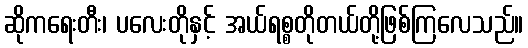
ဆိုကရေးတီး၊ ပလေးတိုနှင့် အယ်ရစ္စတိုတယ်တို့ဖြစ်ကြလေသည်။